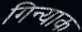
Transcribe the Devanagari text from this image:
गिन्याक